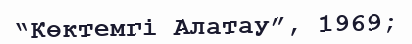
“Көктемгі Алатау”, 1969;